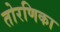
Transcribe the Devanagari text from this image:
तोरणिका